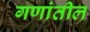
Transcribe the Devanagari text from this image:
गणांतील